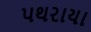
પથરાયા